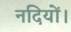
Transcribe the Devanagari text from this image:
नदियों।